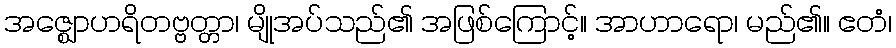
အဇ္ဈောဟရိတဗ္ဗတ္တာ၊ မျိုအပ်သည်၏ အဖြစ်ကြောင့်။ အာဟာရော၊ မည်၏။ ဧတံ၊